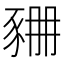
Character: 𧱆